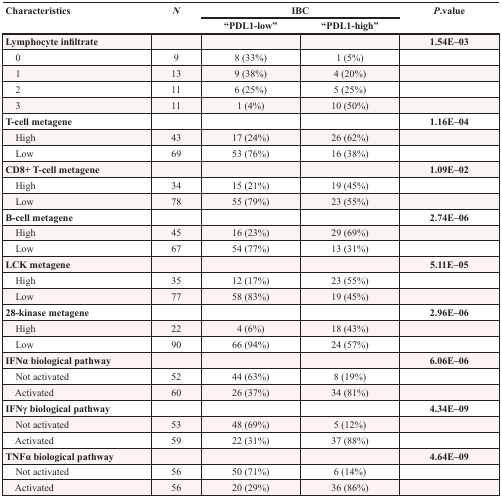
<table><thead><tr><td rowspan="2"><b>Characteristics</b></td><td rowspan="2"><b><i>N</i></b></td><td colspan="2"><b>IBC</b></td><td rowspan="2"><b><i>P</i>.value</b></td></tr><tr><td><b>“PDL1-low”</b></td><td><b>“PDL1-high”</b></td></tr></thead><tbody><tr><td><b>Lymphocyte infiltrate</b></td><td></td><td></td><td></td><td><b>1.54E–03</b></td></tr><tr><td> 0</td><td>9</td><td>8 (33%)</td><td>1 (5%)</td><td></td></tr><tr><td> 1</td><td>13</td><td>9 (38%)</td><td>4 (20%)</td><td></td></tr><tr><td> 2</td><td>11</td><td>6 (25%)</td><td>5 (25%)</td><td></td></tr><tr><td> 3</td><td>11</td><td>1 (4%)</td><td>10 (50%)</td><td></td></tr><tr><td><b>T-cell metagene</b></td><td></td><td></td><td></td><td><b>1.16E–04</b></td></tr><tr><td> High</td><td>43</td><td>17 (24%)</td><td>26 (62%)</td><td></td></tr><tr><td> Low</td><td>69</td><td>53 (76%)</td><td>16 (38%)</td><td></td></tr><tr><td><b>CD8+ T-cell metagene</b></td><td></td><td></td><td></td><td><b>1.09E–02</b></td></tr><tr><td> High</td><td>34</td><td>15 (21%)</td><td>19 (45%)</td><td></td></tr><tr><td> Low</td><td>78</td><td>55 (79%)</td><td>23 (55%)</td><td></td></tr><tr><td><b>B-cell metagene</b></td><td></td><td></td><td></td><td><b>2.74E–06</b></td></tr><tr><td> High</td><td>45</td><td>16 (23%)</td><td>29 (69%)</td><td></td></tr><tr><td> Low</td><td>67</td><td>54 (77%)</td><td>13 (31%)</td><td></td></tr><tr><td><b>LCK metagene</b></td><td></td><td></td><td></td><td><b>5.11E–05</b></td></tr><tr><td> High</td><td>35</td><td>12 (17%)</td><td>23 (55%)</td><td></td></tr><tr><td> Low</td><td>77</td><td>58 (83%)</td><td>19 (45%)</td><td></td></tr><tr><td><b>28-kinase metagene</b></td><td></td><td></td><td></td><td><b>2.96E–06</b></td></tr><tr><td> High</td><td>22</td><td>4 (6%)</td><td>18 (43%)</td><td></td></tr><tr><td> Low</td><td>90</td><td>66 (94%)</td><td>24 (57%)</td><td></td></tr><tr><td><b>IFNα biological pathway</b></td><td></td><td></td><td></td><td><b>6.06E–06</b></td></tr><tr><td> Not activated</td><td>52</td><td>44 (63%)</td><td>8 (19%)</td><td></td></tr><tr><td> Activated</td><td>60</td><td>26 (37%)</td><td>34 (81%)</td><td></td></tr><tr><td><b>IFNγ biological pathway</b></td><td></td><td></td><td></td><td><b>4.34E–09</b></td></tr><tr><td> Not activated</td><td>53</td><td>48 (69%)</td><td>5 (12%)</td><td></td></tr><tr><td> Activated</td><td>59</td><td>22 (31%)</td><td>37 (88%)</td><td></td></tr><tr><td><b>TNFα biological pathway</b></td><td></td><td></td><td></td><td><b>4.64E–09</b></td></tr><tr><td> Not activated</td><td>56</td><td>50 (71%)</td><td>6 (14%)</td><td></td></tr><tr><td> Activated</td><td>56</td><td>20 (29%)</td><td>36 (86%)</td><td></td></tr></tbody></table>